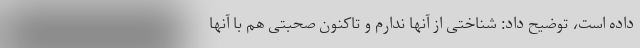
داده است، توضیح داد: شناختی از آنها ندارم و تاکنون صحبتی هم با آنها